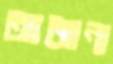
আজানা